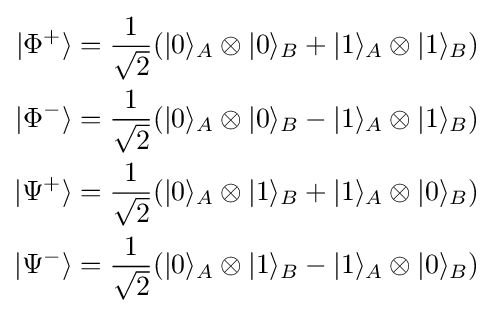
{\begin{aligned}|\Phi ^{+}\rangle &={\frac {1}{\sqrt {2}}}(|0\rangle _{A}\otimes |0\rangle _{B}+|1\rangle _{A}\otimes |1\rangle _{B})\\|\Phi ^{-}\rangle &={\frac {1}{\sqrt {2}}}(|0\rangle _{A}\otimes |0\rangle _{B}-|1\rangle _{A}\otimes |1\rangle _{B})\\|\Psi ^{+}\rangle &={\frac {1}{\sqrt {2}}}(|0\rangle _{A}\otimes |1\rangle _{B}+|1\rangle _{A}\otimes |0\rangle _{B})\\|\Psi ^{-}\rangle &={\frac {1}{\sqrt {2}}}(|0\rangle _{A}\otimes |1\rangle _{B}-|1\rangle _{A}\otimes |0\rangle _{B})\end{aligned}}